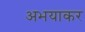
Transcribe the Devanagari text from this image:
अभयाकर